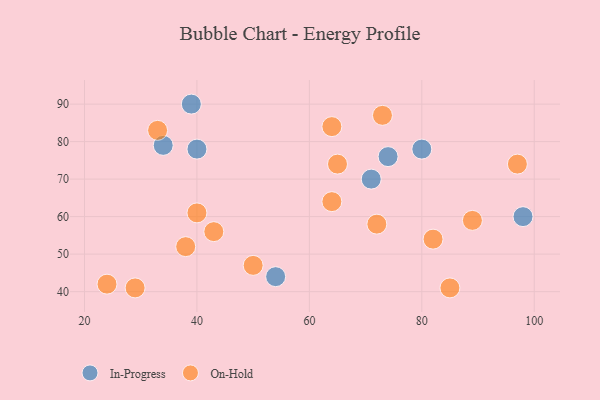
{"axis": {"x": "GDP", "y": "Life Expectancy"}, "legend": ["In-Progress", "On-Hold"], "data": [{"x": "34", "y": 79, "type": "In-Progress"}, {"x": "98", "y": 60, "type": "In-Progress"}, {"x": "54", "y": 44, "type": "In-Progress"}, {"x": "80", "y": 78, "type": "In-Progress"}, {"x": "40", "y": 78, "type": "In-Progress"}, {"x": "71", "y": 70, "type": "In-Progress"}, {"x": "74", "y": 76, "type": "In-Progress"}, {"x": "39", "y": 90, "type": "In-Progress"}, {"x": "64", "y": 64, "type": "On-Hold"}, {"x": "89", "y": 59, "type": "On-Hold"}, {"x": "82", "y": 54, "type": "On-Hold"}, {"x": "73", "y": 87, "type": "On-Hold"}, {"x": "38", "y": 52, "type": "On-Hold"}, {"x": "50", "y": 47, "type": "On-Hold"}, {"x": "85", "y": 41, "type": "On-Hold"}, {"x": "65", "y": 74, "type": "On-Hold"}, {"x": "29", "y": 41, "type": "On-Hold"}, {"x": "40", "y": 61, "type": "On-Hold"}, {"x": "43", "y": 56, "type": "On-Hold"}, {"x": "64", "y": 84, "type": "On-Hold"}, {"x": "33", "y": 83, "type": "On-Hold"}, {"x": "72", "y": 58, "type": "On-Hold"}, {"x": "97", "y": 74, "type": "On-Hold"}, {"x": "24", "y": 42, "type": "On-Hold"}]}